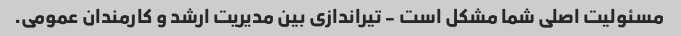
مسئولیت اصلی شما مشکل است - تیراندازی بین مدیریت ارشد و کارمندان عمومی.